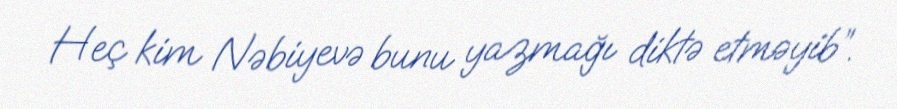
Heç kim Nəbiyevə bunu yazmağı diktə etməyib”.